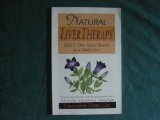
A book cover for Natural Liver Therapy; Christopher Hobbs; Health, Fitness & Dieting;